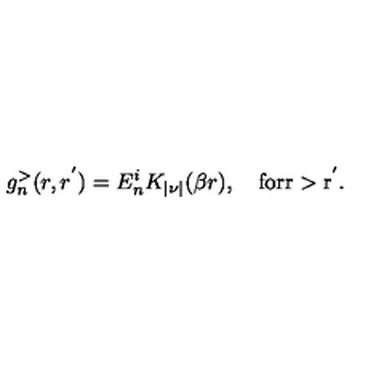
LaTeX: g _ { n } ^ { > } ( r , r ^ { ' } ) = E _ { n } ^ { i } K _ { | \nu | } ( \beta r ) , \quad \mathrm { f o r r > r ^ { ' } . }